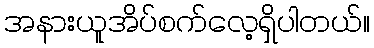
အနားယူအိပ်စက်လေ့ရှိပါတယ်။